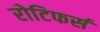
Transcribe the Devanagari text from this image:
रोटिफर्स